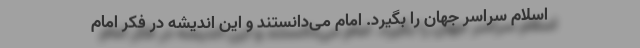
اسلام سراسر جهان را بگیرد. امام می‌دانستند و این اندیشه در فکر امام